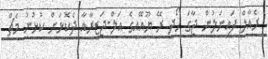
ރެއާލް ފައިނަލުން ޖާގަ ހޯދީ ރޭ ޔޫއޭއީގެ އަލް-ޖަޒީރާއާ ދެކޮޅަށް ކުޅުނު މެޗް